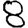
Digit: 8